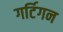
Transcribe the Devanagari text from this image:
गर्टिगन